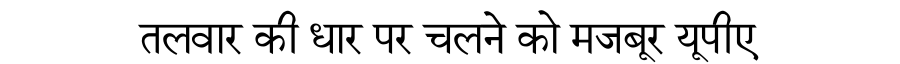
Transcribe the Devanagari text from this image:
तलवार की धार पर चलने को मजबूर यूपीए